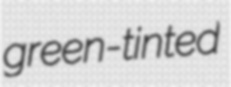
green-tinted